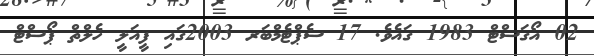
02 އޯގަސްޓް 1983 ގައެވެ. 17 ސެޕްޓެމްބަރ 2003ގައި ފީއަލީ ހެލްތް ޕޯސްޓް